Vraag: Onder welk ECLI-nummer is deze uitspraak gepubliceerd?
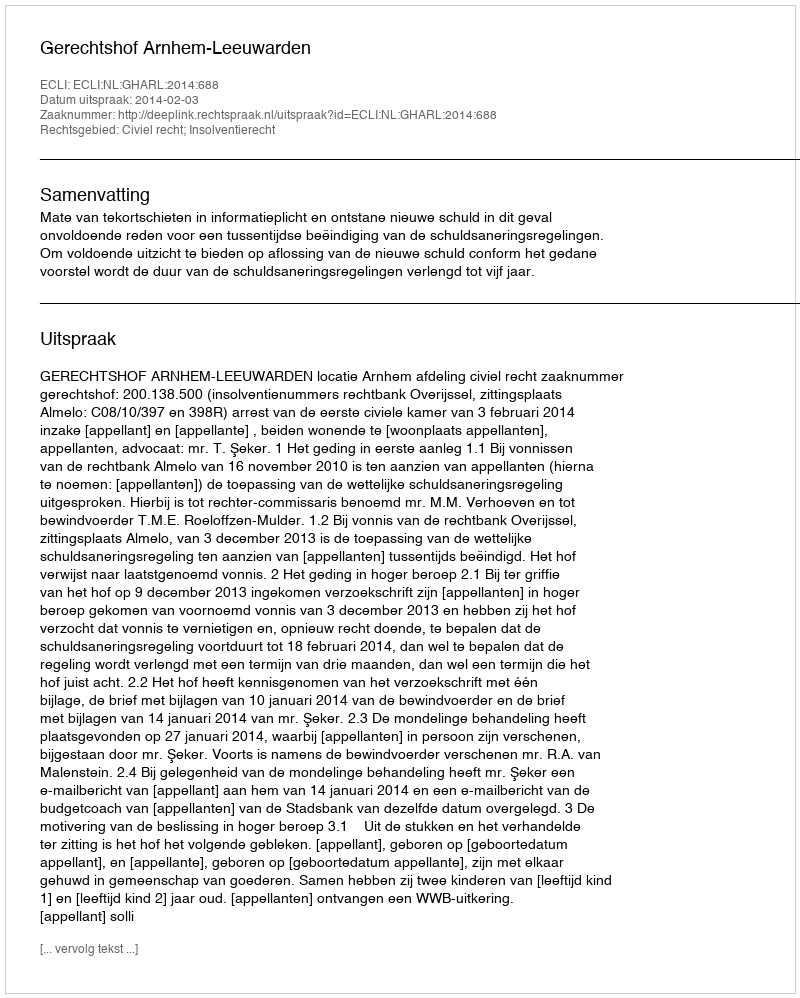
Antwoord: ECLI:NL:GHARL:2014:688